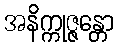
အနိက္ကုဇ္ဇန္တော